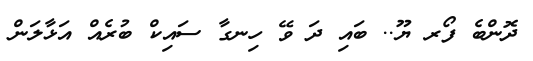
ދޮންބެ ފޯރ ޔޫ.. ބައި ދަ ވޭ ހިނގާ ސައިކް ބުރެއް އަޅާލަން